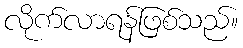
လိုက်လာရန်ဖြစ်သည်။